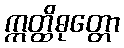
ဣတ္ထိဓုတ္တော